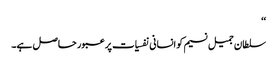
‘‘
سلطان جمیل نسیم کو انسانی نفسیات پر عبور حاصل ہے۔